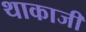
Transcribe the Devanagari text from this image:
थाकाजी